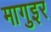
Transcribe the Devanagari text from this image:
मागुइर